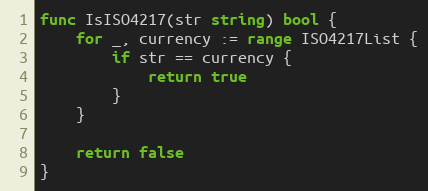
Language: Go
func IsISO4217(str string) bool {
	for _, currency := range ISO4217List {
		if str == currency {
			return true
		}
	}

	return false
}